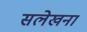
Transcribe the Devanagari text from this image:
सलेखना